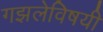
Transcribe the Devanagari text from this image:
गझलेविषयी